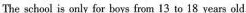
The school is only for boys from 13 to 18 years old.